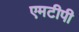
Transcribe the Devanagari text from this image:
एमटीपी